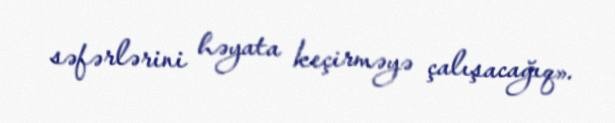
səfərlərini həyata keçirməyə çalışacağıq».